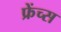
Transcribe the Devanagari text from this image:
फ्रेंच्स